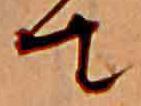
て